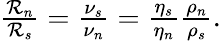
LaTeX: \begin{array}{r}{\frac{{\cal R}_{n}}{{\cal R}_{s}}=\frac{\nu_{s}}{\nu_{n}}=\frac{\eta_{s}}{\eta_{n}}\frac{\rho_{n}}{\rho_{s}}.}\end{array}